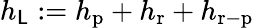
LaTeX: h_{\mathsf{L}}:=h_{\mathrm{{p}}}+h_{\mathrm{{r}}}+h_{\mathrm{{r-p}}}